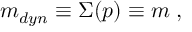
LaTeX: m _ { d y n } \equiv \Sigma ( p ) \equiv m \; ,